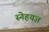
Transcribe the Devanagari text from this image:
स्नेहयज्ञ